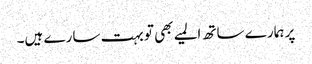
پر ہمارے ساتھ المیے بھی تو بہت سارے ہیں۔